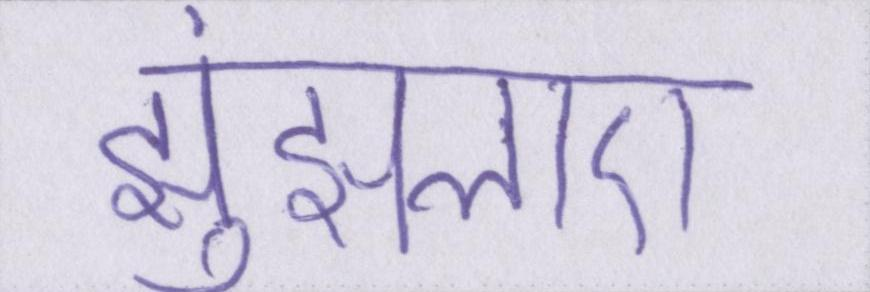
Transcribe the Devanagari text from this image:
झुंझलाए